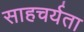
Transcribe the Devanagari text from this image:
साहचर्यता